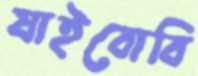
যাইবোবি